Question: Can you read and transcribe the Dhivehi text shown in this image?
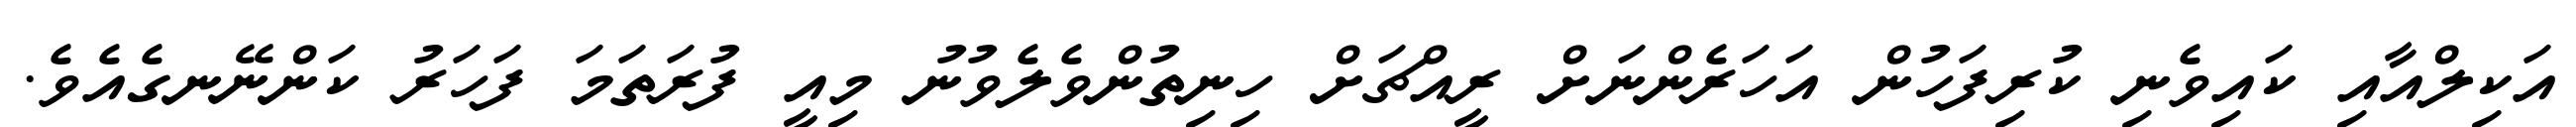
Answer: އަކިލްއާއި ކައިވެނި ކުރިފަހުން އަހަރެންނަށް ރީއްޗަށް ހިނިތުންވެލެވުނު މިއީ ފުރަތަމަ ފަހަރު ކަންނޭނގެއެވެ.